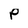
Character: P